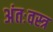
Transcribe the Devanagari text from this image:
अंतःवस्त्र